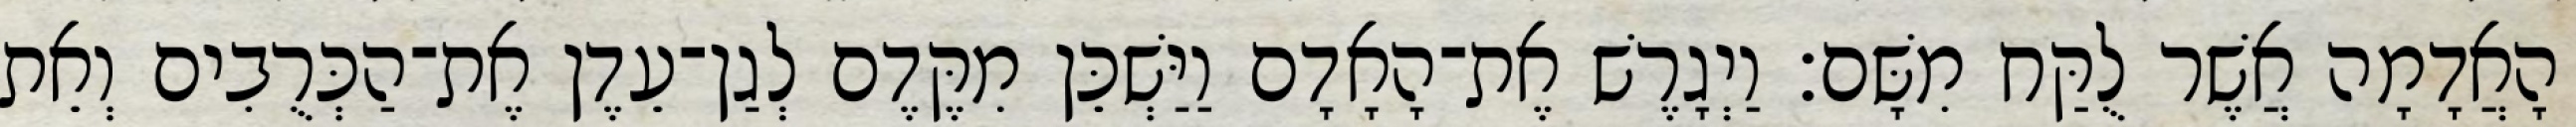
הָאֲדָמָה אֲשֶׁר לֻקַּח מִשָּׁם׃ וַיְגָרֶשׁ אֶת־הָאָדָם וַיַּשְׁכֵּן מִקֶּדֶם לְגַן־עֵדֶן אֶת־הַכְּרֻבִים וְאֵת